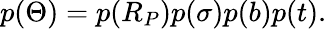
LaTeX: p(\Theta)=p(R_{P})p(\sigma)p(b)p(t).